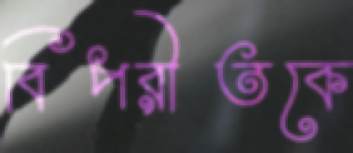
বিপরীতকে